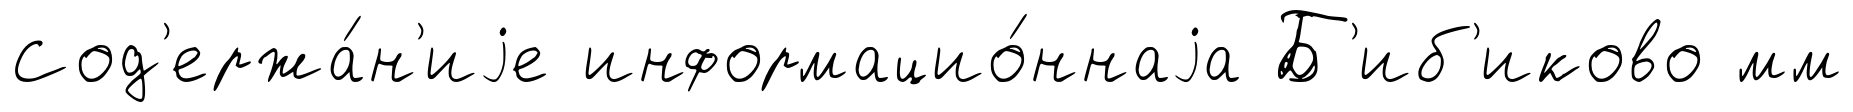
Сод'ержа́н'иjе информацио́ннаjа Б'иб'иково мм